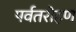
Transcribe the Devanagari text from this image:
पर्वतरोहण